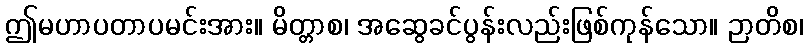
ဤမဟာပတာပမင်းအား။ မိတ္တာစ၊ အဆွေခင်ပွန်းလည်းဖြစ်ကုန်သော။ ဉာတိစ၊